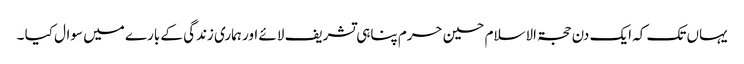
یہاں تک کہ ایک دن حجۃ الاسلام حسین حرم پناہی تشریف لائے اور ہماری زندگی کے بارے میں سوال کیا ۔